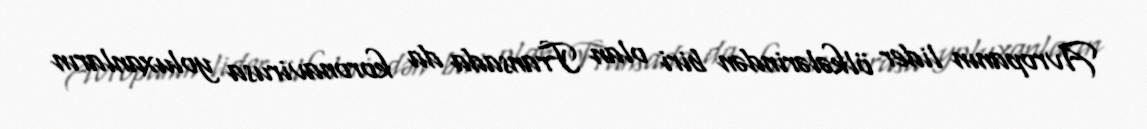
Avropanın lider ölkələrindən biri olan Fransada da koronavirusa yoluxanların